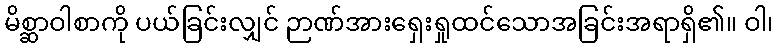
မိစ္ဆာဝါစာကို ပယ်ခြင်းလျှင် ဉာဏ်အားရှေးရှုထင်သောအခြင်းအရာရှိ၏။ ဝါ၊